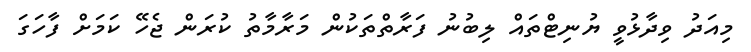
މިއަދު ވިދާޅުވީ ޔުނިޓްތައް ލިބުނު ފަރާތްތަކުން މަރާމާތު ކުރަން ޖެހޭ ކަމަށް ފާހަގަ